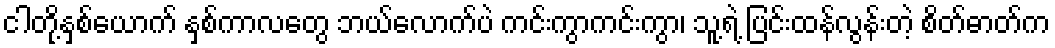
ငါတို့နှစ်ယောက် နှစ်ကာလတွေ ဘယ်လောက်ပဲ ကင်းကွာကင်းကွာ၊ သူ့ရဲ့ ပြင်းထန်လွန်းတဲ့ စိတ်ဓာတ်က